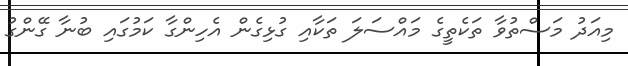
މިއަދު މަސްތުވާ ތަކެތީގެ މައްސަލަ ތަކާއި ގުޅިގެން އެހިންގާ ކަމުގައި ބުނާ ގޭންގު